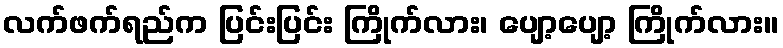
လက်ဖက်ရည်က ပြင်းပြင်း ကြိုက်လား၊ ပျော့ပျော့ ကြိုက်လား။